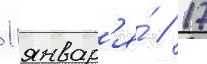
1 январ'я́ / 17